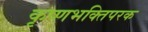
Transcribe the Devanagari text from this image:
कृष्णभक्तिपरक